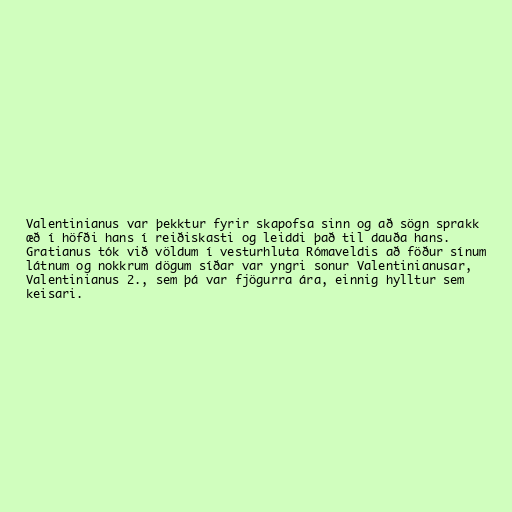
Valentinianus var þekktur fyrir skapofsa sinn og að sögn sprakk
æð í höfði hans í reiðiskasti og leiddi það til dauða hans.
Gratianus tók við völdum í vesturhluta Rómaveldis að föður sínum
látnum og nokkrum dögum síðar var yngri sonur Valentinianusar,
Valentinianus 2., sem þá var fjögurra ára, einnig hylltur sem
keisari.